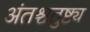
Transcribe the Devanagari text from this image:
अंतश्चतुष्ट्य